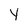
Character: y